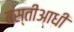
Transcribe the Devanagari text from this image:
बस्तीआधी